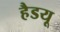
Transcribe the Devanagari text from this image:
हैडयू